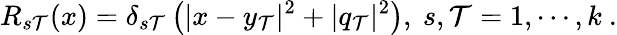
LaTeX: R_{s\mathcal{T}}(x)=\delta_{s\mathcal{T}}\left(|x-y_{\mathcal{T}}|^{2}+|q_{\mathcal{T}}|^{2}\right),~s,\mathcal{T}=1,\cdots,k~.